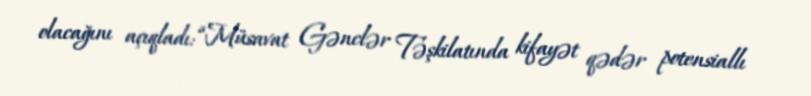
olacağını açıqladı: “Müsavat Gənclər Təşkilatında kifayət qədər potensiallı